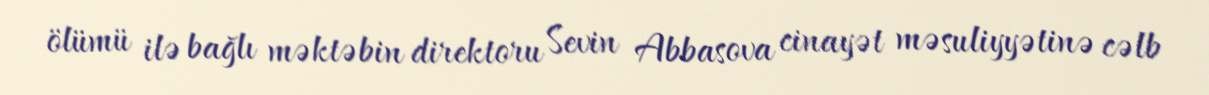
ölümü ilə bağlı məktəbin direktoru Sevin Abbasova cinayət məsuliyyətinə cəlb